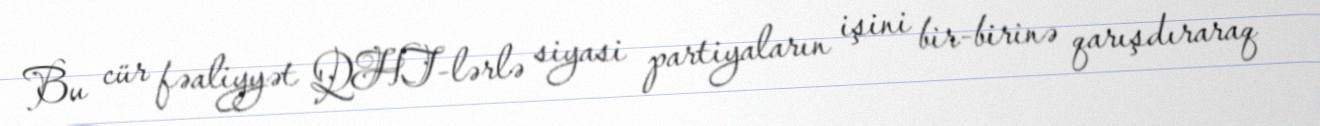
Bu cür fəaliyyət QHT-lərlə siyasi partiyaların işini bir-birinə qarışdıraraq